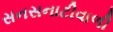
સનસનાટીવાળી